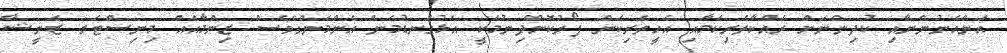
އަންހެނުންނާއި ކުދިންނަށް ރައްކާތެރިކަމާއި އެހީތެރިކަން ފޯރުކޮށްދިނުމަކީ އަޅުގަނޑުމެން އެންމެންގެވެސް ޒިންމާއެއް މިނިސްޓަރ ޒެނީޝާ